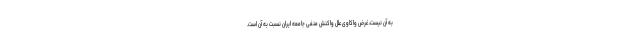
به آن نیست، غرض واکاویِ علل واکنش منفی جامعه ایران نسبت به آن است.